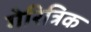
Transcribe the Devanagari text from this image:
गेरित्रिक